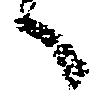
々